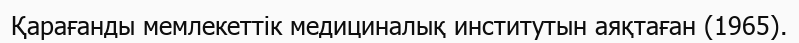
Қарағанды мемлекеттік медициналық институтын аяқтаған (1965).